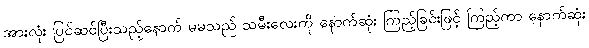
အားလုံး ပြင်ဆင်ပြီးသည့်နောက် မမသည် သမီးလေးကို နောက်ဆုံး ကြည့်ခြင်းဖြင့် ကြည့်ကာ နောက်ဆုံး